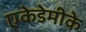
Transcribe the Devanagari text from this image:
एकेडेमीके